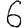
Digit: 6